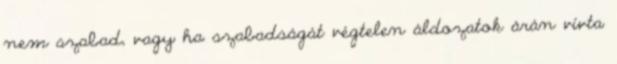
nem szabad, vagy ha szabadságát végtelen áldozatok árán vívta